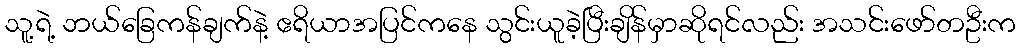
သူ့ရဲ့ ဘယ်ခြေကန်ချက်နဲ့ ဧရိယာအပြင်ကနေ သွင်းယူခဲ့ပြီးချိန်မှာဆိုရင်လည်း အသင်းဖော်တဦးက